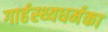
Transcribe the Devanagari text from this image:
गार्हस्थ्यधर्मका